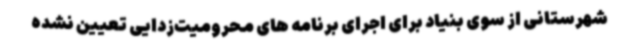
شهرستانی از سوی بنیاد برای اجرای برنامه های محرومیت‌زدایی تعیین نشده